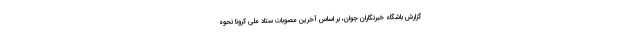
گزارش باشگاه خبرنگاران جوان، بر اساس آخرین مصوبات ستاد ملی کرونا نحوه